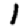
Digit: 1